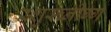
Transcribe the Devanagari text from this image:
स्शुस्च्नीग्ग